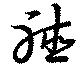
聽